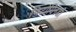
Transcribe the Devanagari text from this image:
विटामिनडी